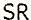
SR